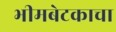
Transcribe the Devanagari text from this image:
भीमबेटकाचा